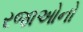
રજાઓનો